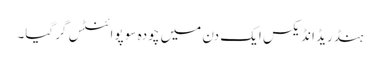
ہنڈریڈ انڈیکس ایک دن میں چودہ سو پوائنٹس گرگیا۔